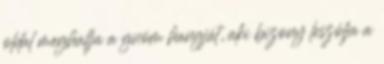
oldal meghallja a gnóm hangját, aki bizony leszólja a